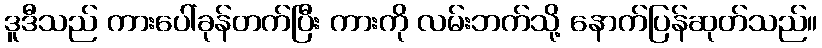
ဒူဒီသည် ကားပေါ်ခုန်တက်ပြီး ကားကို လမ်းဘက်သို့ နောက်ပြန်ဆုတ်သည်။